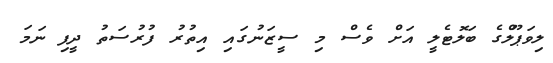
ލިވަޕޫލްގެ ބަލޮޓެލީ އަށް ވެސް މި ސީޒަނުގައި އިތުރު ފުރުސަތު ދީފި ނަމަ